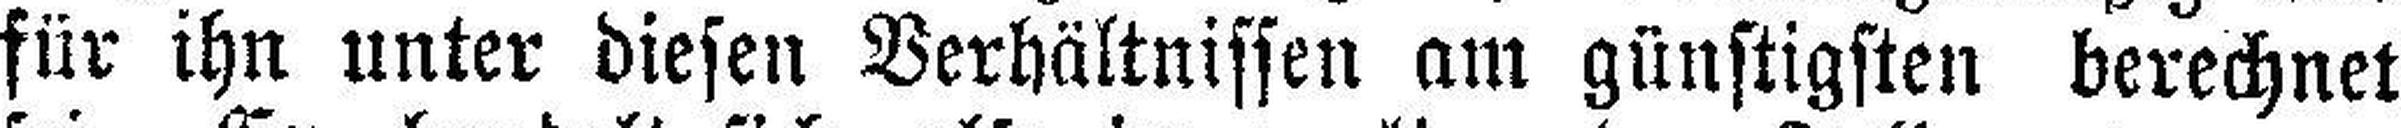
für ihn unter diesen Verhältnissen am günstigsten berechnet